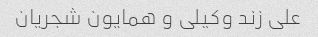
علی زند وکیلی و همایون شجریان